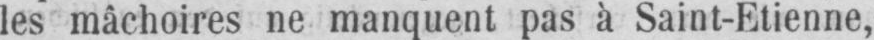
les mâchoires ne manquent pas à Saint-Etienne,